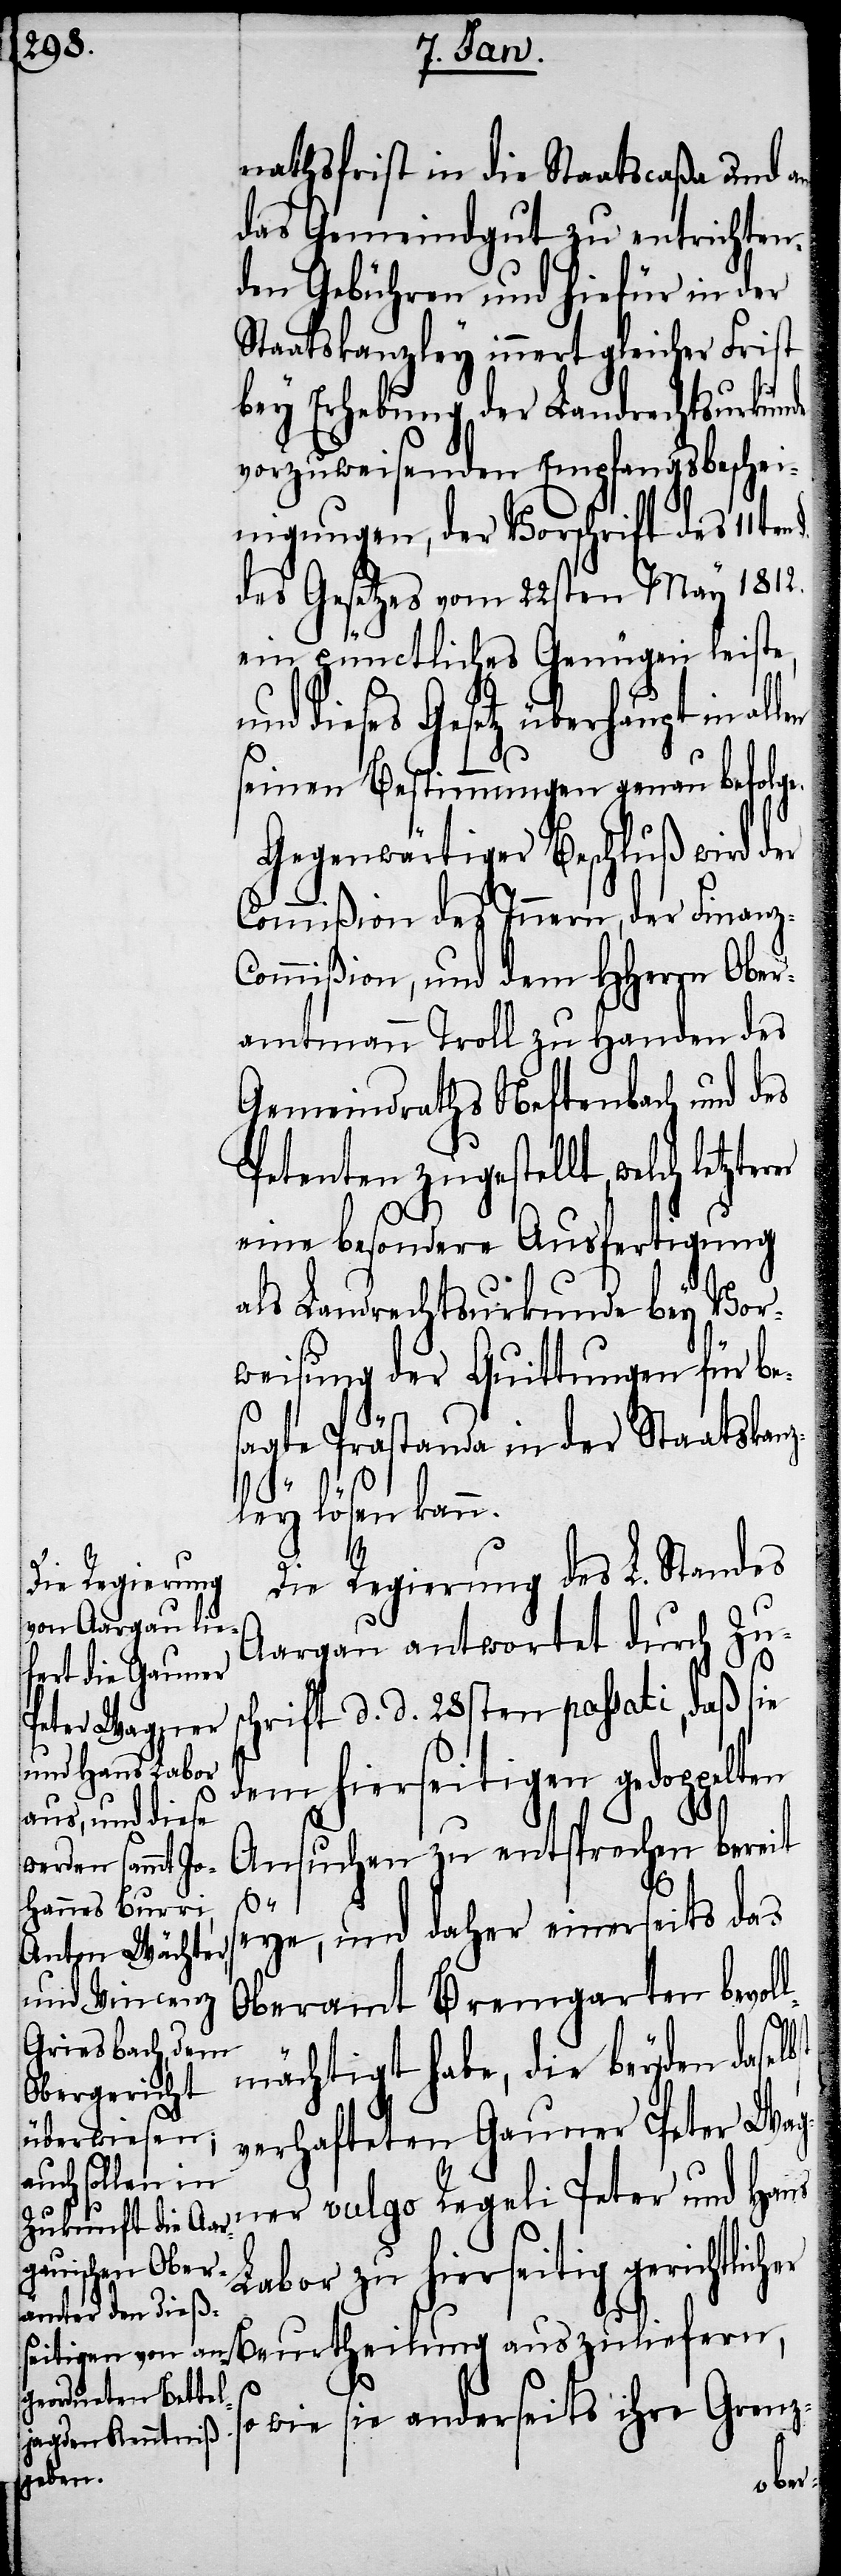
nathsfrist in die Staatscaße und an
das Gemeindgut zu entrichten¬
den Gebühren und hiefür in der
Staatskanzley innert gleicher Frist
bey Erhebung der Landrechtsurkun¬
vorzuweisenden Empfangsbeschei¬
nigungen, der Vorschrift des 11ten
des Gesetzes vom 22sten May 1812.
ein pünctliches Genügen leiste,
dieses Gesetz überhaupt in
seinen Bestimmungen genau befolg¬
Gegenwärtiger Beschluß wird der
Commißion des Innern, der Finanz-C¬
ommißion, und dem HHerrn Ober¬
amtmann Troll zu Handen des
Gemeindraths Neftenbach und des
Petenten zugestellt, welch
eine besondere Ausfertigung
als Landrechtsurkunde bey Vor¬
weisung der Quittungen für be¬
sagte Prästanda in der Staatskan¬
zley lösen kann.
Die Regierung des L. Standes
Aargau antwortet durch Zus¬
chrift d. d. 28sten passati, daß sie
dem hierseitigen gedoppelten
Ansuchen zu entsprechen bereit
st
eye, und daher einerseits das
Oberamt Bremgarten bevol¬
lmächtigt habe, die beyden daselb¬
verhafteten Gauner Peter Wag¬
ner vulgo Regeli Peter und Hans
Labor zu hierseitig gerichtlic¬
Beurtheilung auszuliefern,
wie sie anderseits ihre Grenz-
her